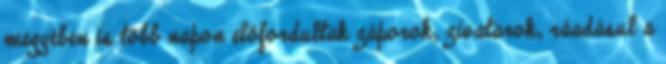
megyében is több napon előfordultak záporok, zivatarok, ráadásul a